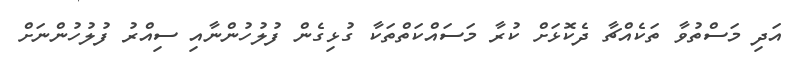
އަދި މަސްތުވާ ތަކެއްޗާ ދެކޮޅަށް ކުރާ މަސައްކަތްތަކާ ގުޅިގެން ފުލުހުންނާއި ސިއްރު ފުލުހުންނަށް